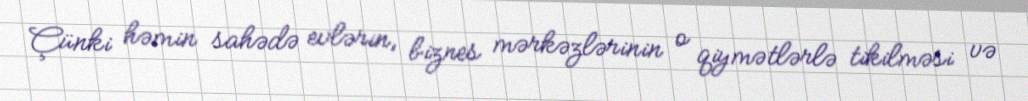
Çünki həmin sahədə evlərin, biznes mərkəzlərinin o qiymətlərlə tikilməsi və